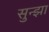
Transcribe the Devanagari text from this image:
सुन्झा